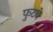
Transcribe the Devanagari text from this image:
फुटवे